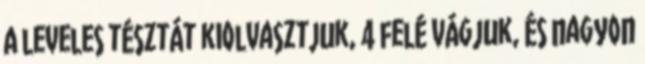
A leveles tésztát kiolvasztjuk, 4 felé vágjuk, és nagyon